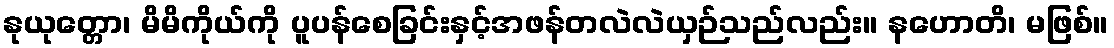
နုယုတ္တော၊ မိမိကိုယ်ကို ပူပန်စေခြင်းနှင့်အဖန်တလဲလဲယှဉ်သည်လည်း။ နဟောတိ၊ မဖြစ်။